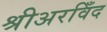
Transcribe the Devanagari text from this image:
श्रीअरविँद